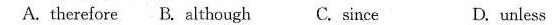
A.therefore B. Although C. Since D. unless